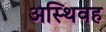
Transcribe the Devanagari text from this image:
अस्थिवह